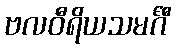
ဗလဝီရိယသမင်္ဂီ